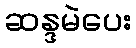
ဆန္ဒမဲပေး